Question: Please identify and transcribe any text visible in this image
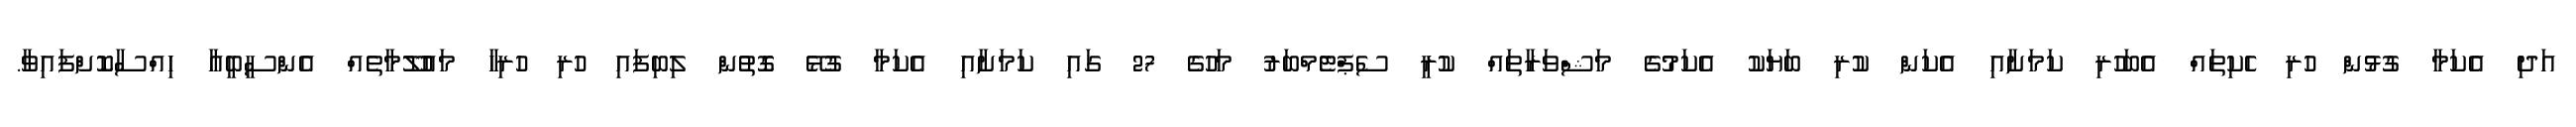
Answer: އަދި އެކަމާ ގުޅުން ހުރި ހެކިތައް އެބަހުރި ކަމަށާއި އެކަން ކުރި ބަޔަކު އެކަމުގެ މަޝްވަރާތައް ކުރީ ސެޕްޓެމްބަރު މަހުގެ 27 ގައި ކަމަށާއި އެކަމާ ގުޅޭ ގޮތުން ލިބިފައި ހުރި ހުރިހާ މައުލޫމާތެއް އެންސީބީއާ ހިއްސާކޮށްފައިވާ.